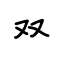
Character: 双